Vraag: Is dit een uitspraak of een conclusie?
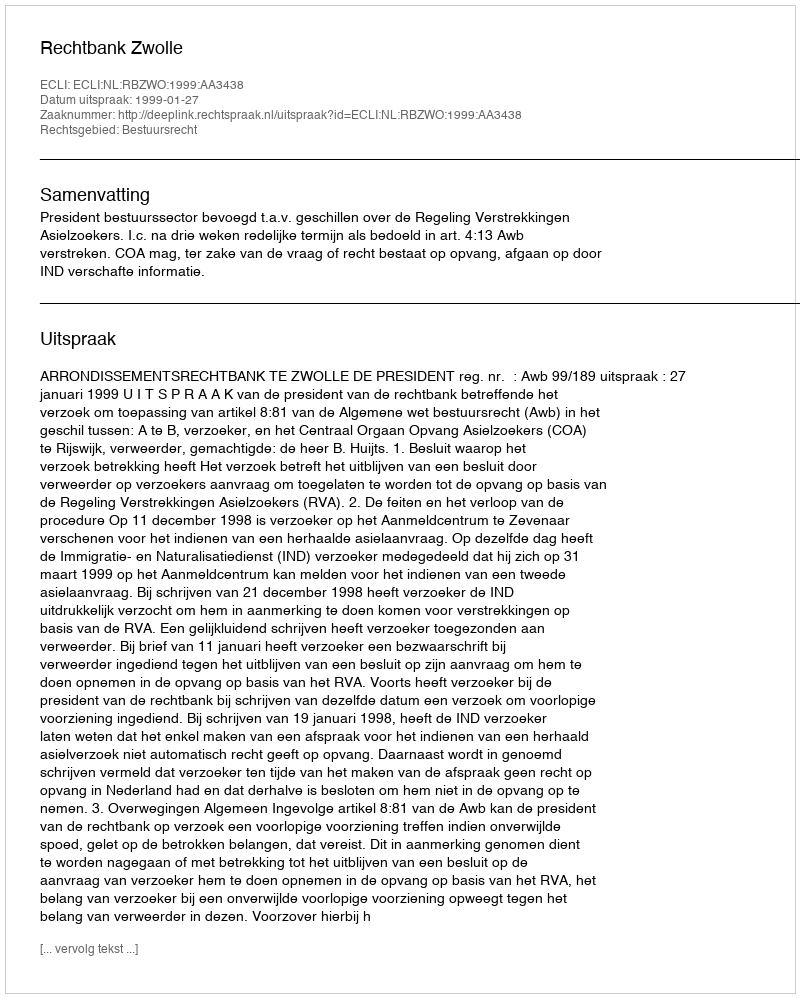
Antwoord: Uitspraak